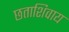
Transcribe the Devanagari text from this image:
छताशिवाय